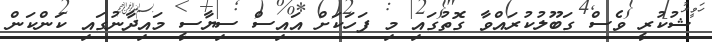
ޝުކުރީ ވެސް ގަބޫލުކުރައްވާ ގޮތުގައި މި ފަހަކަށް އައިސް ސިޔާސީ މައިދާނުގައި ކަންކަން